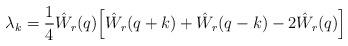
LaTeX: \begin{align*} \lambda_k = \frac 14 \hat W_r(q) \Big[ \hat W_r(q+k) + \hat W_r(q-k) -2 \hat W_r(q)\Big]\end{align*}